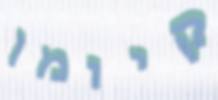
קיומן